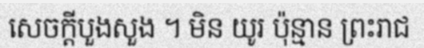
សេចក្តីបួងសួង ។ មិន យូរ ប៉ុន្មាន ព្រះរាជ